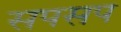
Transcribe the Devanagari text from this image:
सपसप